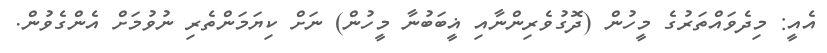
އެއީ: މިދެވައްތަރުގެ މީހުން (ދޮގުވެރިންނާއި ޣީބަބުނާ މީހުން) ނަށް ކިޔަމަންތެރި ނުވުމަށް އެންގެވުން.